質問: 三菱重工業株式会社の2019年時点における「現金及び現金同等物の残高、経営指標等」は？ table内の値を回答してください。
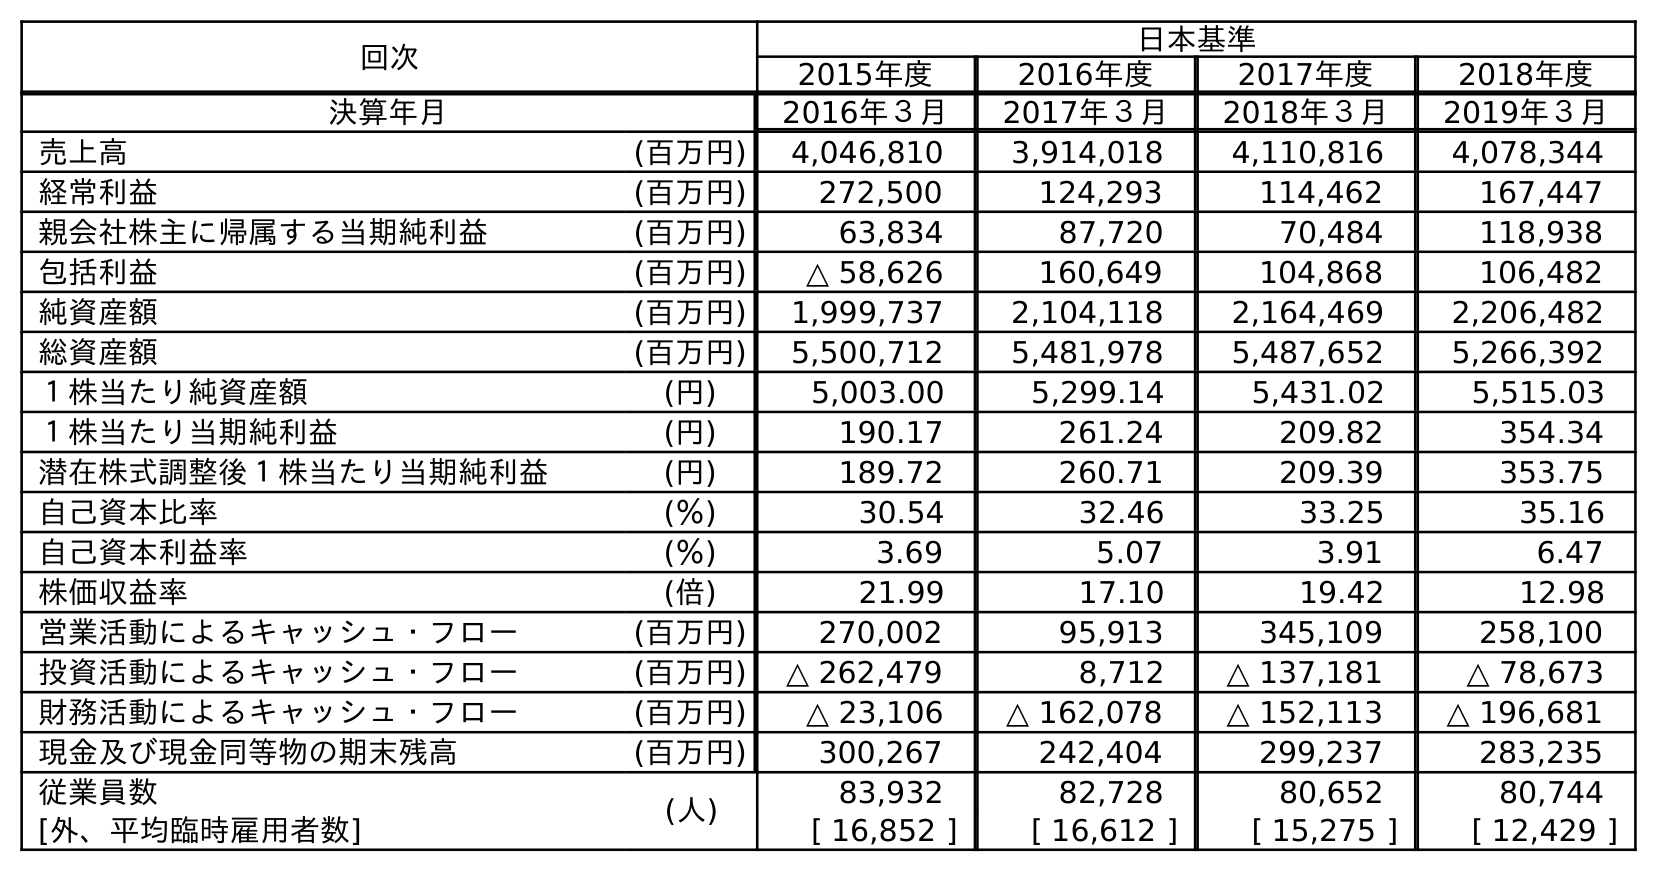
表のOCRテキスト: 回次 日本基準 2015年度 2016年度 2017年度 2018年度 決算年月 2016年３月 2017年３月 2018年３月 2019年３月 売上高 (百万円) 4,046,810 3,914,018 4,110,816 4,078,344 経常利益 (百万円) 272,500 124,293 114,462 167,447 親会社株主に帰属する当期純利益 (百万円) 63,834 87,720 70,484 118,938 包括利益 (百万円) △ 58,626 160,649 104,868 106,482 純資産額 (百万円) 1,999,737 2,104,118 2,164,469 2,206,482 総資産額 (百万円) 5,500,712 5,481,978 5,487,652 5,266,392 １株当たり純資産額 (円) 5,003.00 5,299.14 5,431.02 5,515.03 １株当たり当期純利益 (円) 190.17 261.24 209.82 354.34 潜在株式調整後１株当たり当期純利益 (円) 189.72 260.71 209.39 353.75 自己資本比率 (％) 30.54 32.46 33.25 35.16 自己資本利益率 (％) 3.69 5.07 3.91 6.47 株価収益率 (倍) 21.99 17.10 19.42 12.98 営業活動によるキャッシュ・フロー (百万円) 270,002 95,913 345,109 258,100 投資活動によるキャッシュ・フロー (百万円) △ 262,479 8,712 △ 137,181 △ 78,673 財務活動によるキャッシュ・フロー (百万円) △ 23,106 △ 162,078 △ 152,113 △ 196,681 現金及び現金同等物の期末残高 (百万円) 300,267 242,404 299,237 283,235 従業員数 (人) 83,932 82,728 80,652 80,744 [外、平均臨時雇用者数] [ 16,852 ] [ 16,612 ] [ 15,275 ] [ 12,429 ]
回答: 283,235